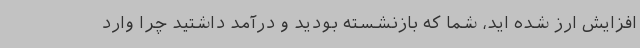
افزایش ارز شده اید، شما که بازنشسته بودید و درآمد داشتید چرا وارد